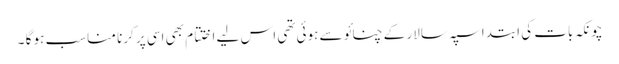
چونکہ بات کی ابتدا سپہ سالار کے چنائو سے ہوئی تھی اس لیے اختتام بھی اسی پر کرنا مناسب ہو گا ۔